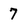
Character: 7